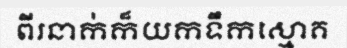
ពីរនាក់ក៏យកទឹកស្មោគ